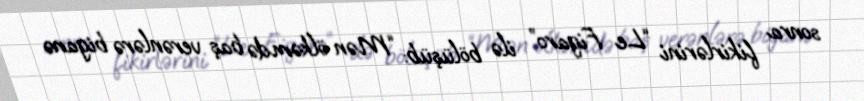
sonra fikirlərini “Le Figaro” ilə bölüşüb: “Mən ölkəmdə baş verənlərə biganə